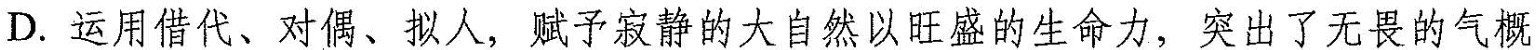
D.运用借代、对偶、拟人，赋予寂静的大自然以旺盛的生命力，突出了无畏的气概